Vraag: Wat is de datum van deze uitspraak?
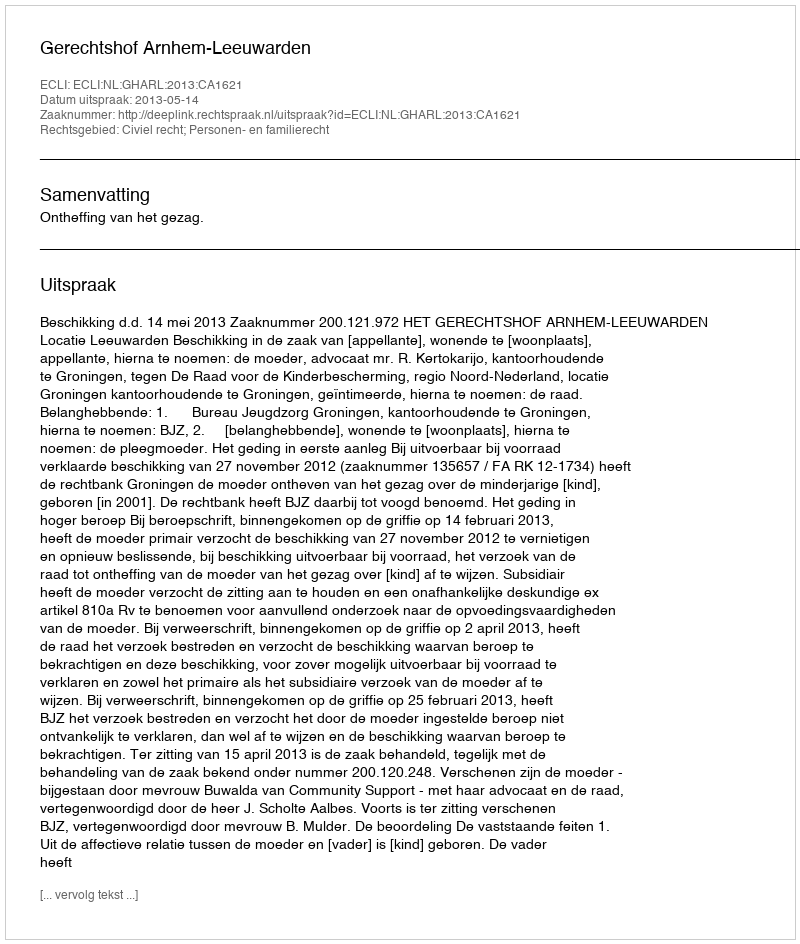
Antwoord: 2013-05-14